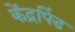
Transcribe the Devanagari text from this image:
केंद्रपिंड